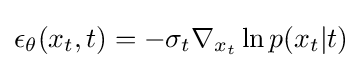
\epsilon _{\theta }(x_{t},t)=-\sigma _{t}\nabla _{x_{t}}\ln p(x_{t}|t)